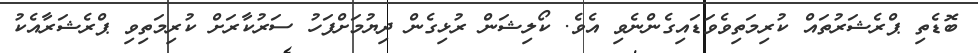
ބޮޑެތި ޕްރެޝަރުތައް ކުރިމަތިވެވަޑައިގެންނެވި އެވެ. ކޯލިޝަން ރުޅިގެން ދިޔުމަށްފަހު ސަރުކާރަށް ކުރިމަތިވި ޕްރެޝަރާއެކު